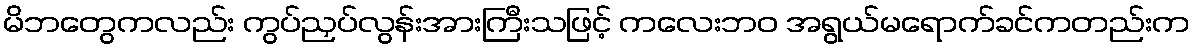
မိဘတွေကလည်း ကွပ်ညှပ်လွန်းအားကြီးသဖြင့် ကလေးဘဝ အရွယ်မရောက်ခင်ကတည်းက